Regulations for the medical services of the Army of India
Year: 1930
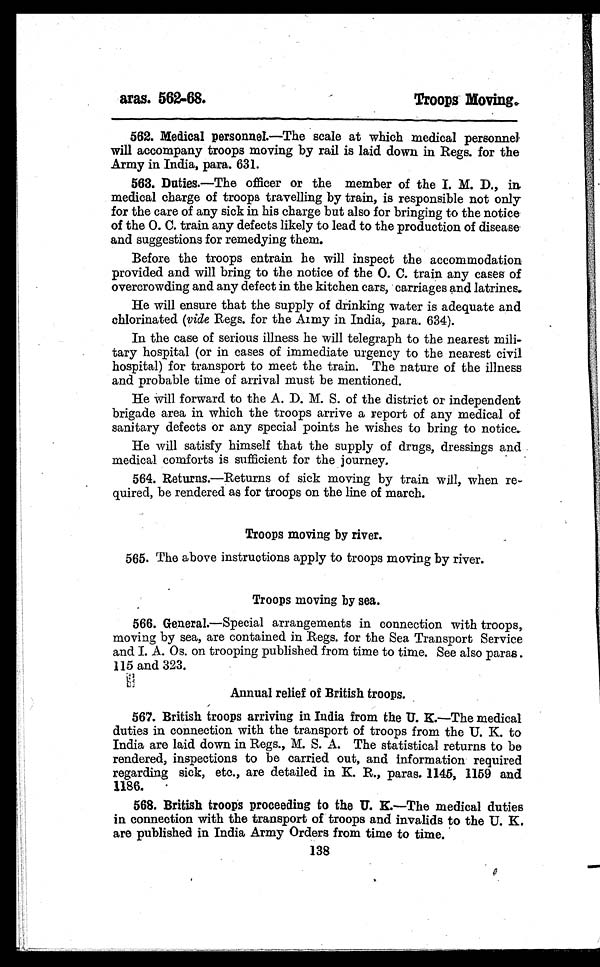
aras. 562-68.
Troops Moving.
562. Medical personnel.—The scale at which medical personnel
will accompany troops moving by rail is laid down in Regs. for the
Army in India, para. 631.
5 6 3 . D u t i e s .
— T h e o f f i c e r o r t h e m e m b e r o f t h e I . M . D . , i n
medical charge of troops travelling by train, is responsible not only
for the care of any sick in his charge but also for bringing to the notice
of the O. C. train any defects likely to lead to the production of disease
and suggestions for remedying them.
Before the troops entrain he will inspect the accommodation
provided and will bring to the notice of the O. C. train any cases of
overcrowding and any defect in the kitchen cars, carriages and latrines.
He will ensure that the supply of drinking water is adequate and
chlorinated ( vide Regs. for the Army in India, para. 634).
In the case of serious illness he will telegraph to the nearest mili-
tary hospital (or in cases of immediate urgency to the nearest civil
hospital) for transport to meet the train. The nature of the illness
and probable time of arrival must be mentioned.
He will forward to the A. D. M. S. of the district or independent
brigade area in which the troops arrive a report of any medical of
sanitary defects or any special points he wishes to bring to notice.
He will satisfy himself that the supply of drugs, dressings and
medical comforts is sufficient for the journey.
564. Returns. —Returns of sick moving by train will, when re-
quired, be rendered as for troops on the line of march.
Troops moving by river.
565. The above instructions apply to troops moving by river.
Troops moving by sea.
566. General.—Special arrangements in connection with troops,
moving by sea, are contained in Regs. for the Sea Transport Service
and I. A. Os. on trooping published from time to time. See also paras.
115 and 323.
Annual relief of British troops.
567. British troops arriving in India from the U. K.—The medical
duties in connection with the transport of troops from the U. K. to
India are laid down in Regs., M. S. A. The statistical returns to be
rendered, inspections to be carried out, and information required
regarding sick, etc., are detailed in K. R., paras. 1145, 1159 and
1186.
568. British troops proceeding to the U. K. —The medical duties
in connection with the transport of troops and invalids to the U. K.
are published in India Army Orders from time to time.
138